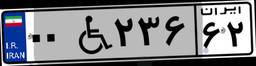
۰۰W۲۳۶۶۲